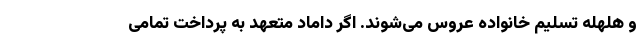
و هلهله تسلیم خانواده عروس می‌شوند. اگر داماد متعهد به پرداخت تمامی